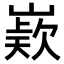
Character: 𭗊